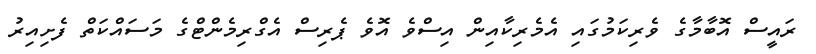
ރައީސް އޮބާމާގެ ވެރިކަމުގައި އެމެރިކާއިން އިސްވެ އޮވެ ޕެރިސް އެގްރިމެންޓްގެ މަސައްކަތް ފެށިއިރު